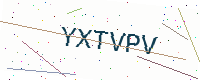
Text: YXTVPV